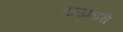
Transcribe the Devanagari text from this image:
बांसभारी